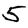
Digit: 5